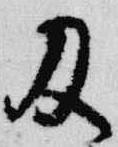
及